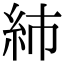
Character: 𥾧